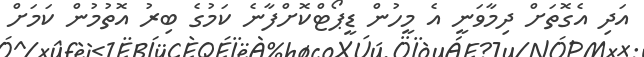
އަދި އެގޮތަށް ދިމާވަނީ އެ މީހުން ޑީޕޯޓްކޮށްފާނެ ކަމުގެ ބިރު އޮތުމުން ކަމަށް